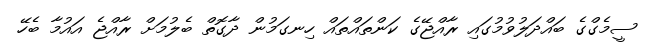
ސީމެގްގެ ބައްދަލުވުމުގައި ރާއްޖޭގެ ކަންތައްތައް ހިނގަމުން ދާގޮތް ބެލުމަށް ރާއްޖެ އައުމާ ބެހޭ